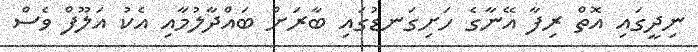
ނިދީގައި އޮތް ރިފާ އޭނާގެ ހަށިގަނޑުގައި ބާރަށް ބައްދާލުމާއި އެކު އަލޫފް ވެސް